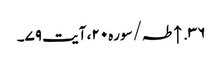
۳۶. ↑ طہ/سوره۲۰، آیت ۷۹۔